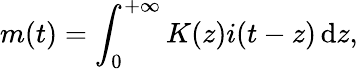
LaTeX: m(t)=\int_{0}^{+\infty}K(z)i(t-z)\mathop{}\! \mathrm{d}z,